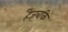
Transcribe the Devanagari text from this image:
हैजबकि